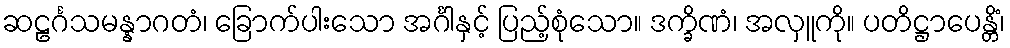
ဆဠင်္ဂသမန္နာဂတံ၊ ခြောက်ပါးသော အင်္ဂါနှင့် ပြည့်စုံသော။ ဒက္ခိဏံ၊ အလှူကို။ ပတိဋ္ဌာပေန္တိံ၊